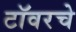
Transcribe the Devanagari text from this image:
टॉवरचे